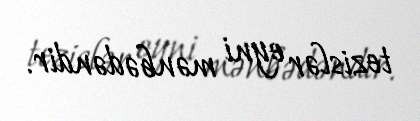
tezislər eyni mənbədəndir.